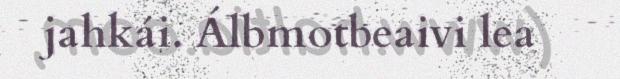
jahkái. Álbmotbeaivi lea